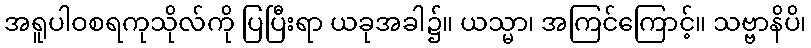
အရူပါဝစရကုသိုလ်ကို ပြပြီးရာ ယခုအခါ၌။ ယသ္မာ၊ အကြင်ကြောင့်။ သဗ္ဗာနိပိ၊